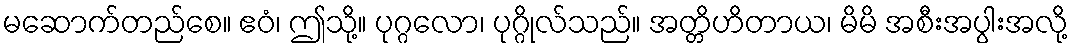
မဆောက်တည်စေ။ ဧဝံ၊ ဤသို့။ ပုဂ္ဂလော၊ ပုဂ္ဂိုလ်သည်။ အတ္တိဟိတာယ၊ မိမိ အစီးအပွါးအလို့